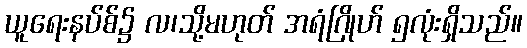
ယူရေးနပ်စ်၌ လ၊သို့မဟုတ် အရံဂြိုဟ် ၅လုံးရှိသည်။